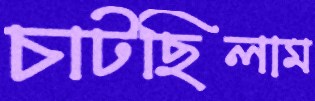
চাটছিলাম